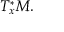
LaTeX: T _ { x } ^ { * } M .